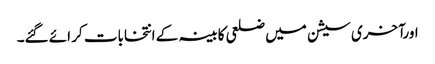
اورآخری سیشن میں ضلعی کابینہ کے انتخابات کر ائے گئے۔